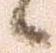
候